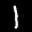
Label: 1